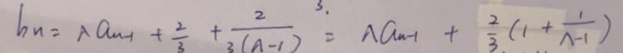
h n = \lambda a _ { n - 1 } + \frac { 2 } { 3 } + \frac { 2 } { 3 ( A - 1 ) } = \lambda a _ { n - 1 } + \frac { 2 } { 3 } ( 1 + \frac { 1 } { \Lambda - 1 } )